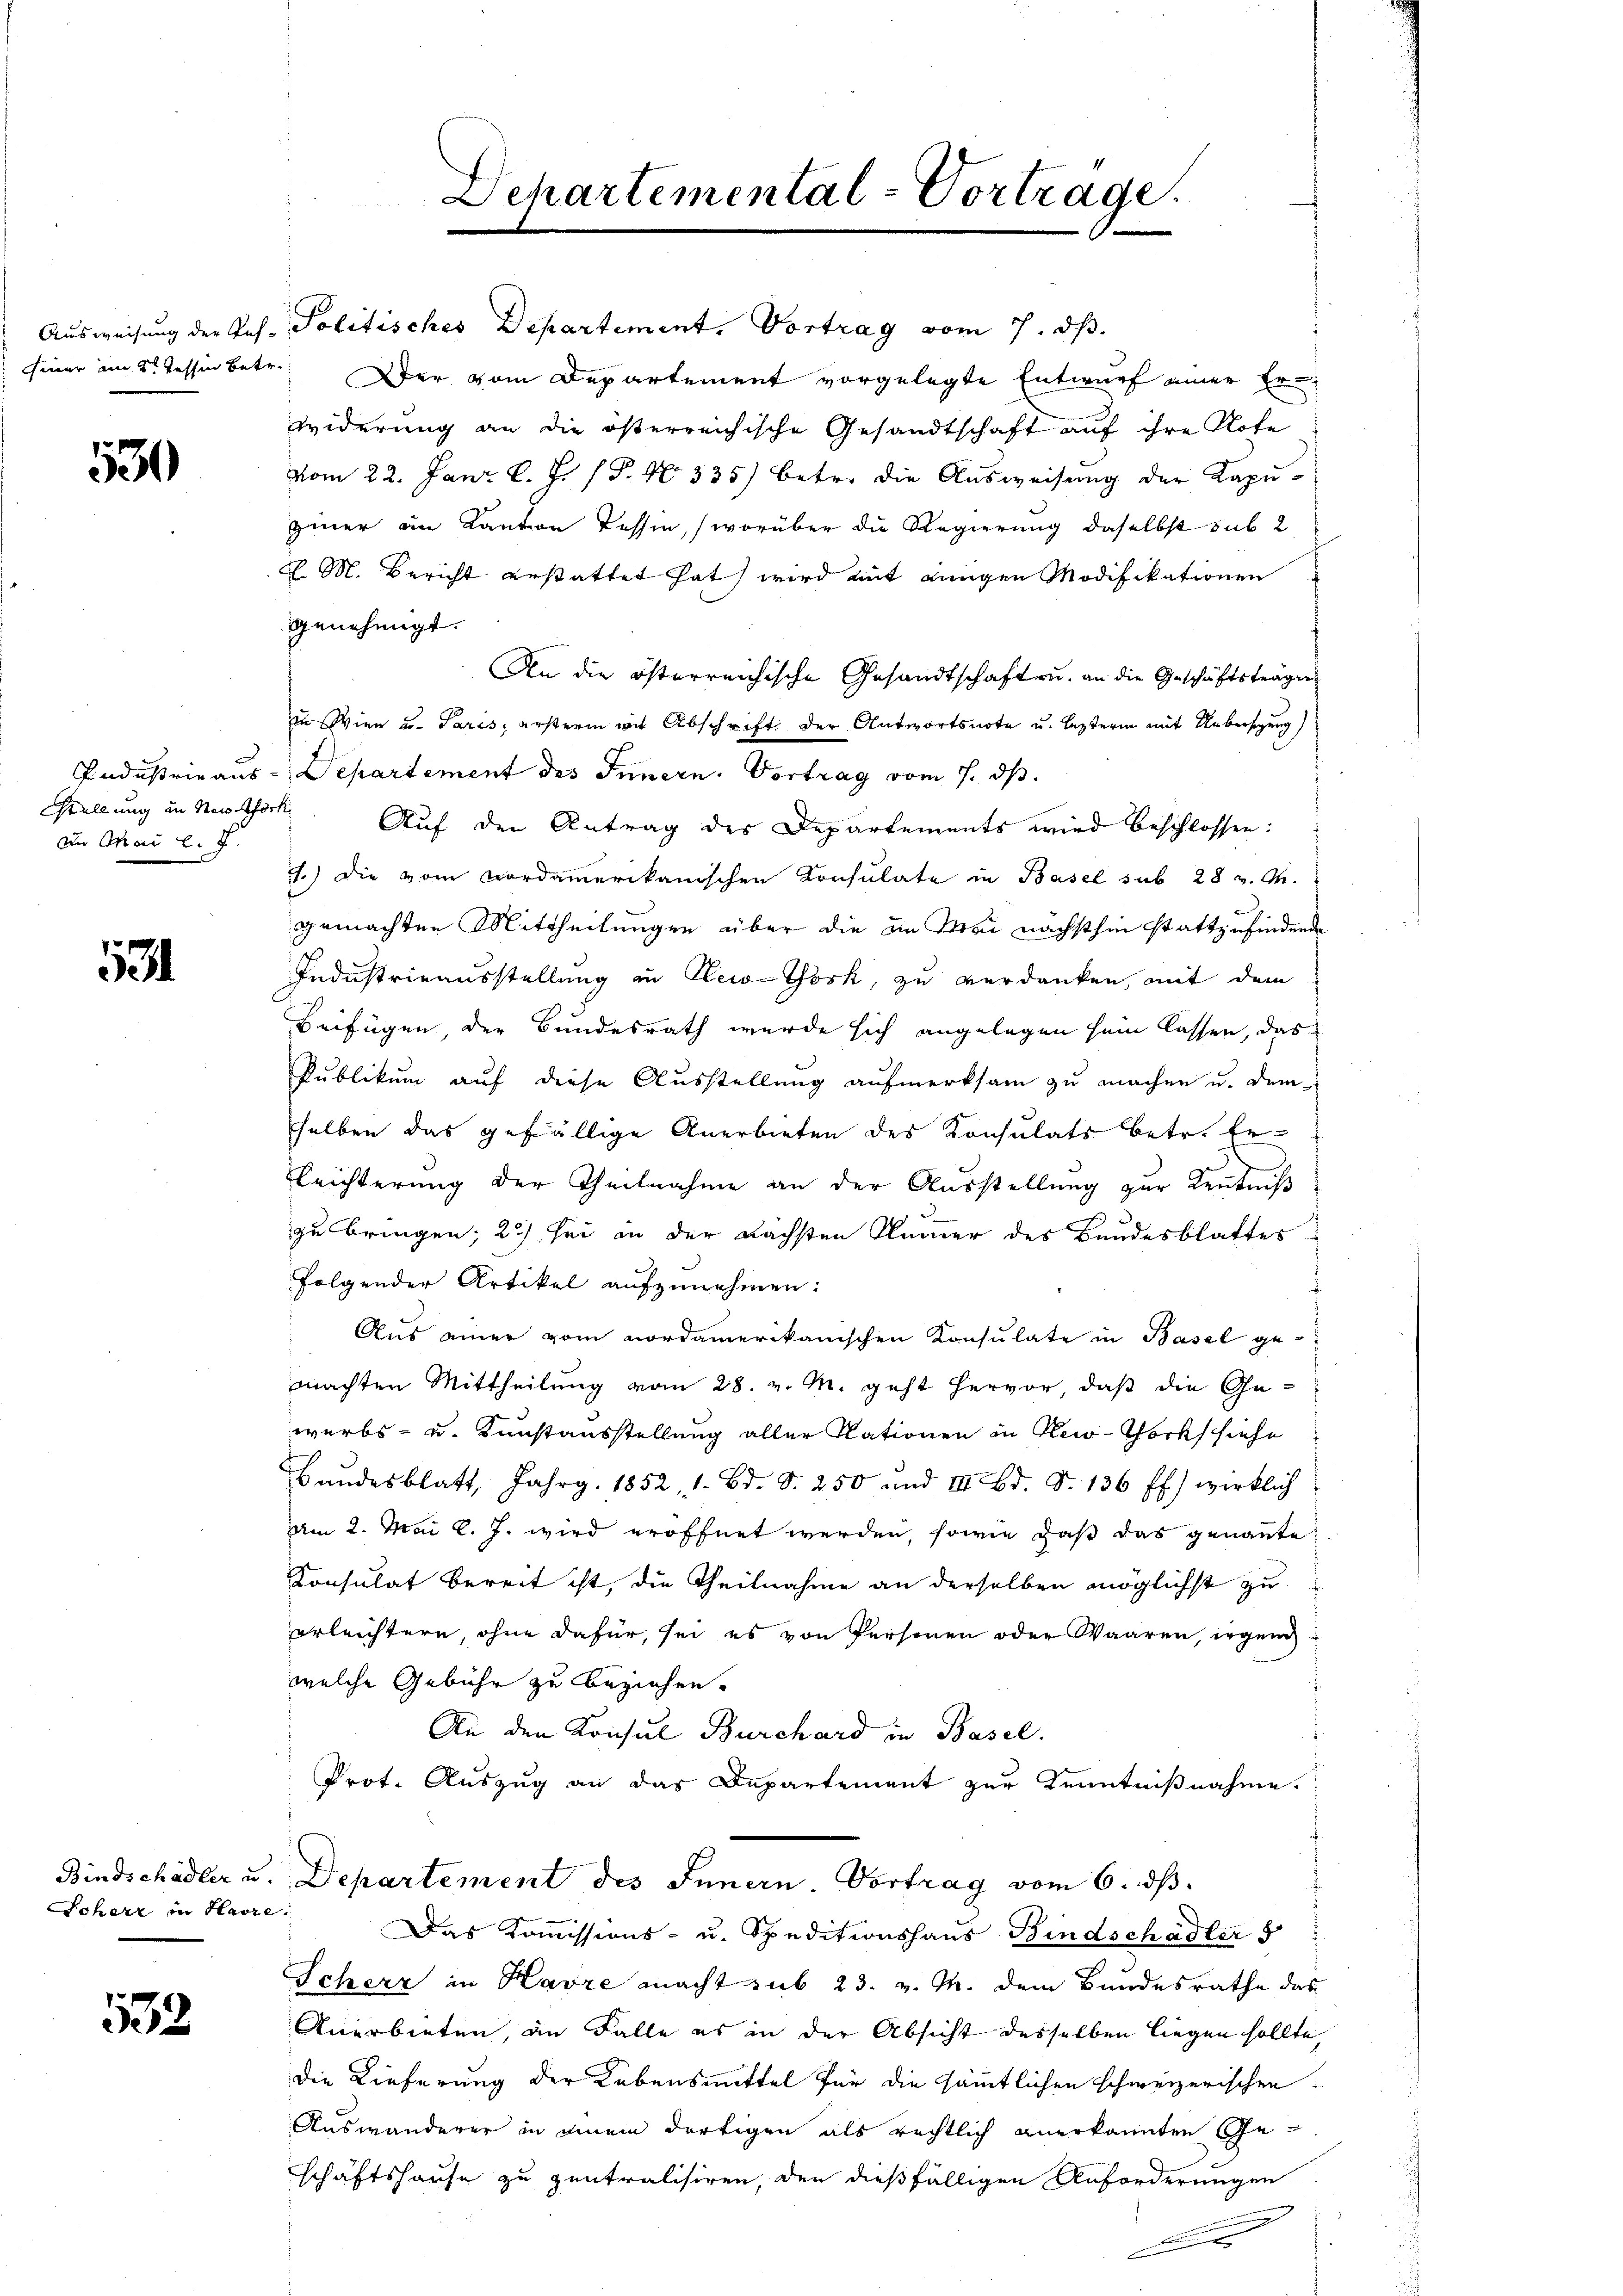
530

In Mai l. J.

534

Scher in Havre

532

Departemental-Vortrage.

Einer am 2t. Tessin betr. Der vom Departement vorgelegte Entwurf einer Erwiderung an die österreichische Gesandtschaft auf ihre Note
vom 22. Jan. l. J. P. Nr. 335) betr. die Aŭsweisŭng der Kapŭ-
ziner in Kanton Tessin, (worüber die Regierung daselbst sub 2
d. M. Bericht gestattet hat, wird mit einigen Modifikationen
genehmigt.
An die österreichische Gesandtschaft u. an die Geschäftsträgen
In Wien u. Paris, erstern mit Abschrift der Antwortsnote u. lezterm mit Uebersezung
Industrie aus Departement des Innern. Vortrag vom 1. ds.
Stellung in Neuthock. Auf den Antrag des Departements wird beschlossen:
1.) Die vom Nordamerikanischen Konsulate in Basel sub 28 v. M.
gemachten Mittheilungen über die in Mai nächsthin stattzufindende
Industrieausstellung in Tei-Thosk, zu verdanken, mit dem
Beifügen, der Bundesrath wurde sich angelegen sein lassen, das
Publikum auf diese Ausstellung aufmerksam zu machen u. dem
selben das gefällige Anerbieten des Konsulats betr. Er-
Gleichterung der Theilnahme an der Ausstellung zur Kenntniß
zu bringen; 2) sei in der nächsten Nummer des Bandesblattes
folgender Artikel aufzunehmen:
Aus einer vom nordamerikanischen Konsulate in Basel gemachten Mittheilung vom 28. v. M. geht hervor, daß die Gewerbs- u. Kunstausstellung aller Nationen in Reco-Chork siehe
Bundesblatt, Jahrg. 1852, 1. Bd. S. 250 und III Bd. d. 136 ff.) wirklich
am 2. Mai l. J. wird eröffnet werden, sowie daß das genannte
Konsulat bereit ist, die Theilnahme an derselben möglichst zu
erleichtern, ohne dafür, sei es von Personen oder Waaren, irgend
welche Gebühr zu beziehen.
An den Konsul Burchard in Basel.
Prot. Auszug an das Departement zur Kenntnißnahme
Bindschädler u. Departement des Innern. Vortrag vom 6. dβ.
Das Kommissions- u. Speditionshaus Bindschädler 5
Icherz in Karre macht sub 23. v. M. dem Bundesrathe das
Anerbieten, an Falle es in der Absicht desselben liegen sollte,
die Lieferung der Lebensmittel für die sämmtlichen schweizerischen
Auswanderer in einem dortigen als rechtlich anerkannten Ge-
schäftshause zu zentralisiren, den dießfälligen Anforderungen
n